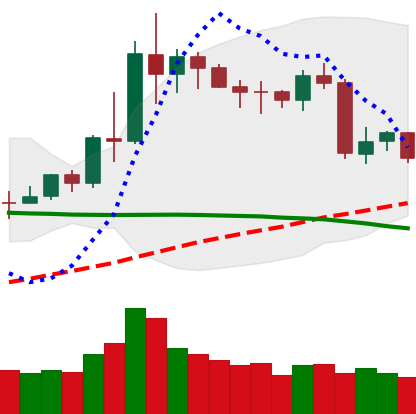
Ticker: NEO-USD
Chart end date: 2020-06-14
Forward return: -4.391%
Label: down_3_5